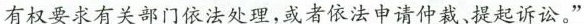
有权要求有关部门依法处理，或者依法申请仲裁、提起诉讼。”